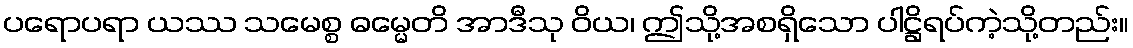
ပရောပရာ ယဿ သမေစ္စ ဓမ္မေတိ အာဒီသု ဝိယ၊ ဤသို့အစရှိသော ပါဋ္ဌိရပ်ကဲ့သို့တည်း။